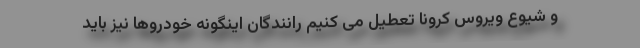
و شیوع ویروس کرونا تعطیل می کنیم رانندگان اینگونه خودروها نیز باید